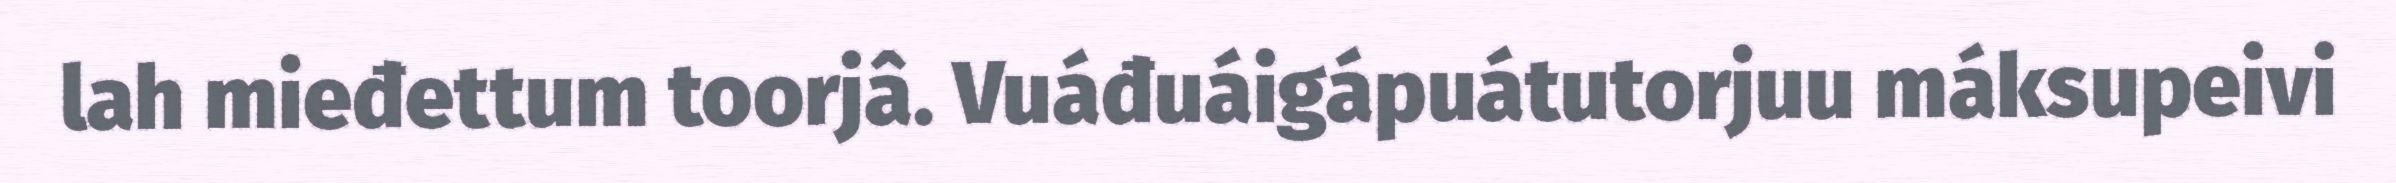
lah mieđettum toorjâ. Vuáđuáigápuátutorjuu máksupeivi